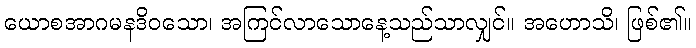
ယောစအာဂမနဒိဝသော၊ အကြင်လာသောနေ့သည်သာလျှင်။ အဟောသိ၊ ဖြစ်၏။